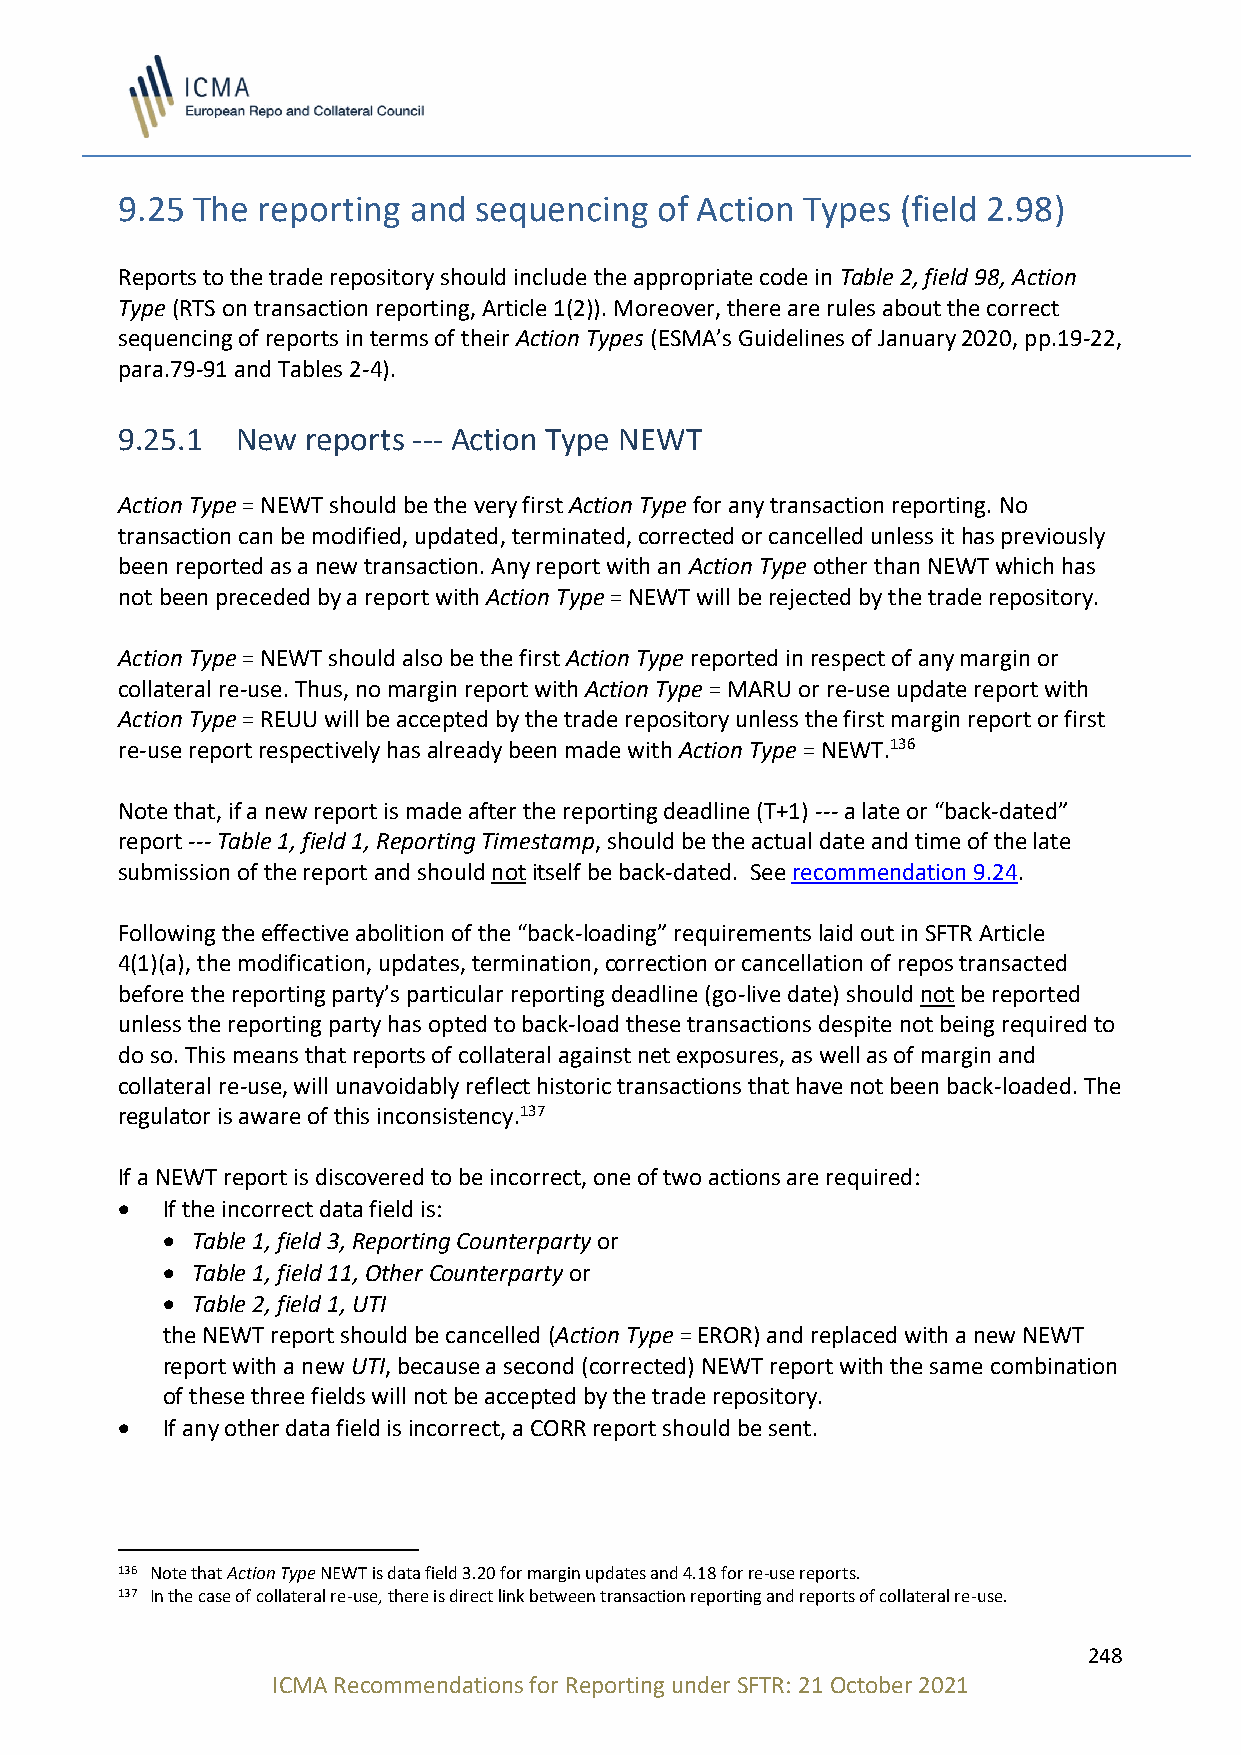
9.25 The reporting and sequencing  of Action Types  (field 2.98)
 Reports to the trade repository should include the appropriate code in Table 2, field 98, Action
 Type (RTS on transaction reporting, Article 1(2)). Moreover, there are rules about the correct
 sequencing of reports in terms of their Action Types (ESMA’s Guidelines of January 2020, pp.19-22,
 para.79-91 and Tables 2-4).
 9.25.1  New reports --- Action Type NEWT
 Action Type = NEWT should be the very first Action Type for any transaction reporting. No
 transaction can be modified, updated, terminated, corrected or cancelled unless it has previously
 been reported as a new transaction. Any report with an Action Type other than NEWT which has
 not been preceded by a report with Action Type = NEWT will be rejected by the trade repository.
 Action Type = NEWT should also be the first Action Type reported in respect of any margin or
 collateral re-use. Thus, no margin report with Action Type = MARU or re-use update report with
 Action Type = REUU will be accepted by the trade repository unless the first margin report or first
 re-use report respectively has already been made with Action Type = NEWT.136
 Note that, if a new report is made after the reporting deadline (T+1) --- a late or “back-dated”
 report --- Table 1, field 1, Reporting Timestamp, should be the actual date and time of the late
 submission of the report and should not itself be back-dated. See recommendation 9.24.
 Following the effective abolition of the “back-loading” requirements laid out in SFTR Article
 4(1)(a), the modification, updates, termination, correction or cancellation of repos transacted
 before the reporting party’s particular reporting deadline (go-live date) should not be reported
 unless the reporting party has opted to back-load these transactions despite not being required to
 do so. This means that reports of collateral against net exposures, as well as of margin and
 collateral re-use, will unavoidably reflect historic transactions that have not been back-loaded. The
 regulator is aware of this inconsistency.137
 If a NEWT report is discovered to be incorrect, one of two actions are required:
 •  If the incorrect data field is:
 • Table 1, field 3, Reporting Counterparty or
 • Table 1, field 11, Other Counterparty or
 • Table 2, field 1, UTI
 the NEWT report should be cancelled (Action Type = EROR) and replaced with a new NEWT
 report with a new UTI, because a second (corrected) NEWT report with the same combination
 of these three fields will not be accepted by the trade repository.
 •  If any other data field is incorrect, a CORR report should be sent.
 136 Note that Action Type NEWT is data field 3.20 for margin updates and 4.18 for re-use reports.
 137 In the case of collateral re-use, there is direct link between transaction reporting and reports of collateral re-use.
 248
 ICMA Recommendations for Reporting under SFTR: 21 October 2021